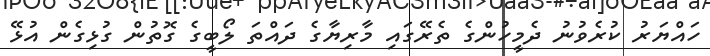
ހައްޔަރު ކުރެވުނު ދެމީހުންގެ ތެރޭގައި މާރިޔާގެ ދައްތަ ލޯބީގެ ގޮތުން ގުޅިގެން އުޅޭ